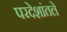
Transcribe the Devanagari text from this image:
परदेशांतले